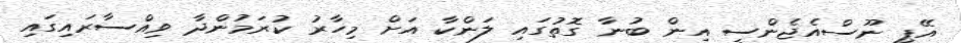
އޭޕީ ނޫސްއެޖެންސީ އިން ބުނާ ގޮތުގައި ލަންކާ އަށް މިހާރު ކުރަމުންދާ ވިއްސާރައިގައި